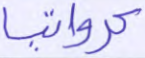
كرواتيا